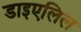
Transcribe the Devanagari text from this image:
डाइएलिल